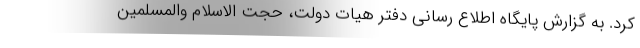
کرد. به گزارش پایگاه اطلاع رسانی دفتر هیات دولت، حجت الاسلام والمسلمین